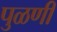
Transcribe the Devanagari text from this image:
पुळणी